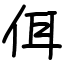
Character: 佴